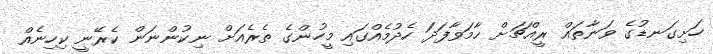
ހަށިގަނޑުގެ ވަނާތައް ރީއްޗަށް ހާމަވާފަދަ ހެދުމެއްގައި މީހުންގެ ތެރެއަށް ނިކުންނަން ކެރޭނީ ކިހިނެއް